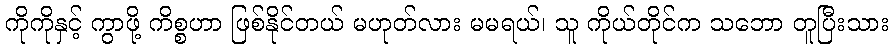
ကိုကိုနှင့် ကွာဖို့ ကိစ္စဟာ ဖြစ်နိုင်တယ် မဟုတ်လား မမရယ်၊ သူ ကိုယ်တိုင်က သဘော တူပြီးသား